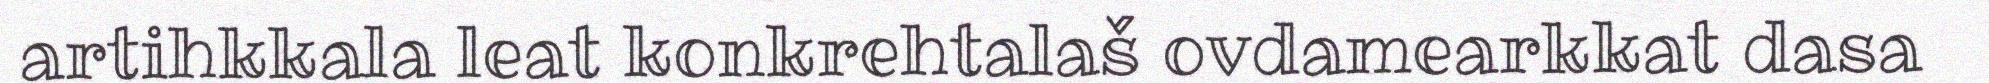
artihkkala leat konkrehtalaš ovdamearkkat dasa